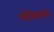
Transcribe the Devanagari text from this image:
घोड़ेवाले